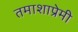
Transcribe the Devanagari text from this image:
तमाशाप्रेमी